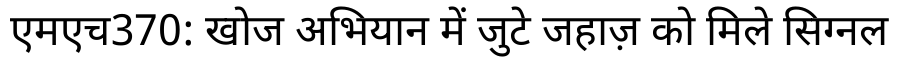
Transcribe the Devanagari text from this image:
एमएच370: खोज अभियान में जुटे जहाज़ को मिले सिग्नल